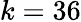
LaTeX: k=36